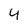
Character: 4